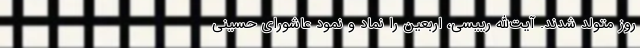
روز متولد شدند. آیت‌الله رییسی، اربعین را نماد و نمود عاشورای حسینی